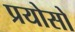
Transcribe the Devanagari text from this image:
प्रयोसो